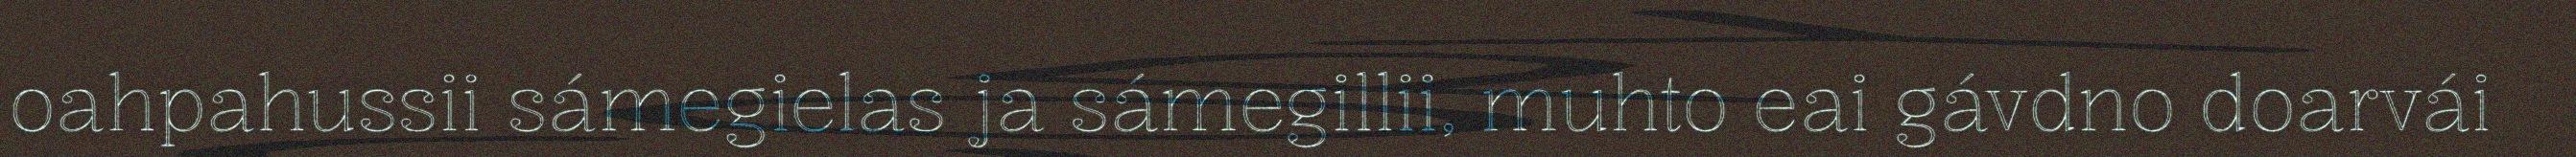
oahpahussii sámegielas ja sámegillii, muhto eai gávdno doarvái